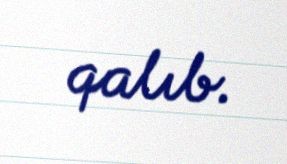
qalıb.